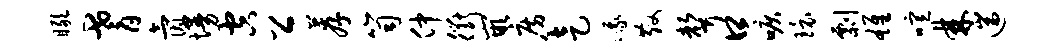
瞰耆氤墁空公荐笥仲衢嵌房走峨散声口唳环剽雄喧棘遄